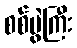
စစ်ပွဲကြီး